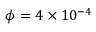
\phi = 4 \times 1 0 ^ { - 4 }